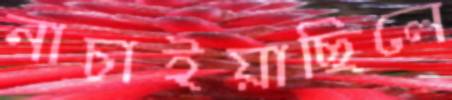
নাচাইয়াছিলে